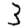
Digit: 3